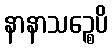
နာနာသဉ္စေပိ